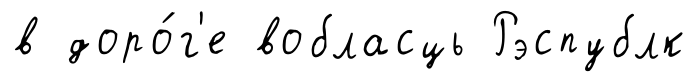
в доро́г'е вобласць Рэспублк